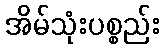
အိမ်သုံးပစ္စည်း